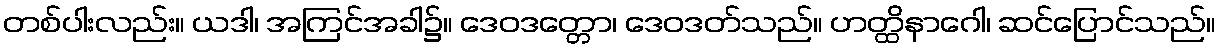
တစ်ပါးလည်း။ ယဒါ၊ အကြင်အခါ၌။ ဒေဝဒတ္တော၊ ဒေဝဒတ်သည်။ ဟတ္ထိနာဂေါ၊ ဆင်ပြောင်သည်။